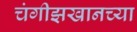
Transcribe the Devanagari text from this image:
चंगीझखानच्या